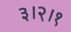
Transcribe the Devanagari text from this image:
३।२।१